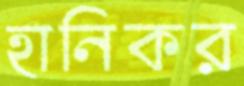
হানিকর